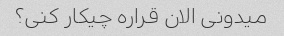
میدونی الان قراره چیکار کنی؟